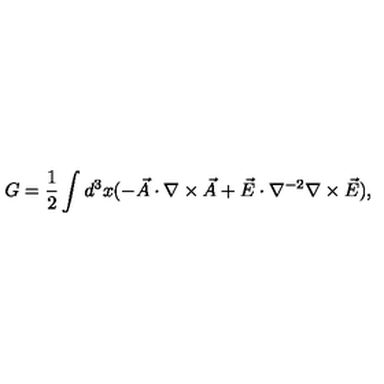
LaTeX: G = \frac { 1 } { 2 } \int d ^ { 3 } x ( - \vec { A } \cdot \nabla \times \vec { A } + \vec { E } \cdot \nabla ^ { - 2 } \nabla \times \vec { E } ) ,